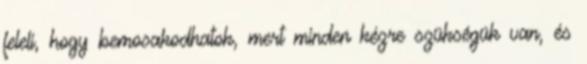
feleli, hogy bemosakodhatok, mert minden kézre szükségük van, és